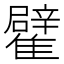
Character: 𩁊